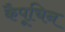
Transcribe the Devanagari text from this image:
कैपूचिन